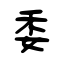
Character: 委